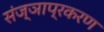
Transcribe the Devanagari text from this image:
संज्ञाप्रकरण